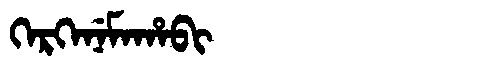
Manchu: ᡴᡝᡵᡴᡝᠨᡝᠮᠠᡥᠠᠪᡳ
Romanization: KERKENEMAHABI